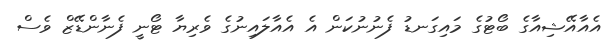
އެއާއޭޝިއާގެ ބޯޓުގެ މައިގަނޑު ފެނުނުކަން އެ އެއާލައިނުގެ ވެރިޔާ ޓޯނީ ފެނާންޑޭޒް ވެސް